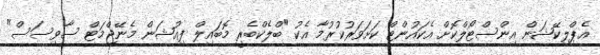
އެޕްލިކޭޝަން އިންސްޓޯލްކޮށް އެކައުންޓް ކަށަވަރުކުރުމާ އެކު "ބްލެކްބެރީ މޮބައިލް ފިއުޝަން މެނޭޖްމަޓް ސާވިސަސް"